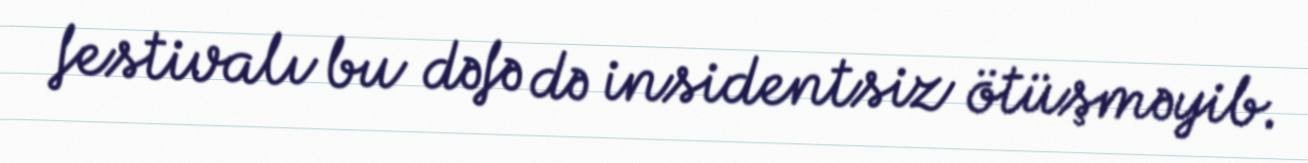
festivalı bu dəfə də insidentsiz ötüşməyib.